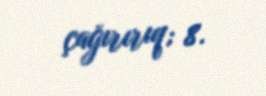
çağırırıq; 8.